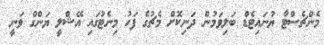
މެންޗެސްޓާ ޔުނައިޓެޑް ބަލިވަމުން ދަނިކޮށް މެޗުގެ ފަހު މިނެޓުގައި އޭޝްލީ ޔަންގް ވަނީ